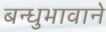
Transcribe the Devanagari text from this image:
बन्धुभावाने